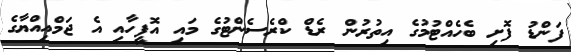
ފަންޑު ފޮށި ބެހެއްޓުމުގެ އިތުރުން ރެޑް ކްރެސެންޓުގެ މައި އޮފީހާއި އެ ޖަމްއިއްޔާގެ